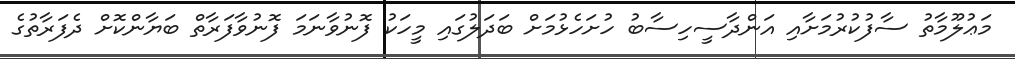
މަޢުލޫމާތު ސާފުކުރުމަށާއި އަންދާސީހިސާބު ހުށަހެޅުމަށް ބަދަލުގައި މީހަކު ފޮނުވާނަމަ ފޮނުވާފަރާތް ބަޔާންކޮށް ދެފަރާތުގެ